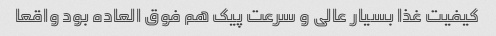
کیفیت غذا بسیار عالی و سرعت پیک هم فوق العاده بود واقعا